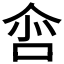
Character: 𠲒